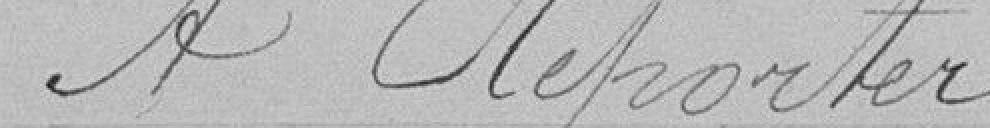
A Reporter